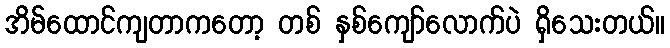
အိမ်ထောင်ကျတာကတော့ တစ် နှစ်ကျော်လောက်ပဲ ရှိသေးတယ်။